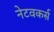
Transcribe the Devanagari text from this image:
नेटवकर्स